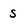
Character: s